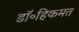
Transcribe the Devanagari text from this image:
डॉ॰हिकमत